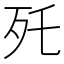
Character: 𣧃